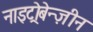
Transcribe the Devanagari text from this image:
नाइट्रोबेन्ज़ीन